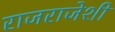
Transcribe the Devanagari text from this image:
राजराजेशी